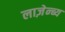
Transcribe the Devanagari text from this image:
लाज़ेन्ब्य